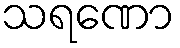
သရဏော